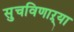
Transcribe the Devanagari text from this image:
सुचविणाऱ्या